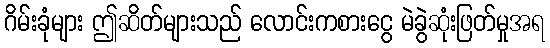
ဂိမ်းခုံများ ဤဆိတ်များသည် လောင်းကစားငွေ မဲခွဲဆုံးဖြတ်မှုအရ